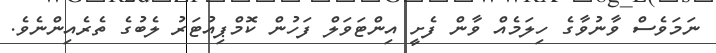
ނަމަވެސް ވާނުވާގެ ހިލަމެއް ވާން ފެށީ އިންޓަވަލް ފަހުން ކޮމްޕިއުޓަރު ލެބުގެ ތެރެއިންނެވެ.